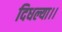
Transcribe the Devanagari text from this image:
दिधल्या।।